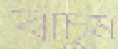
বাঁচুম